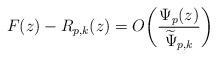
LaTeX: \begin{align*}F(z)-R_{p,k}(z)=O\bigg(\frac{\Psi_{p}(z)}{\widetilde{\Psi}_{p,k}}\bigg)\end{align*}